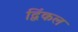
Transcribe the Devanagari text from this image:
द्विंकल